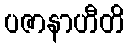
ပဇာနာဟီတိ